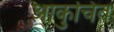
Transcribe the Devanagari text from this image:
आकुचित